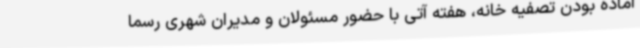
آماده بودن تصفیه خانه، هفته آتی با حضور مسئولان و مدیران شهری رسما